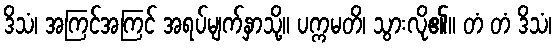
ဒိသံ၊ အကြင်အကြင် အရပ်မျက်နှာသို့။ ပက္ကမတိ၊ သွားလို၏။ တံ တံ ဒိသံ၊